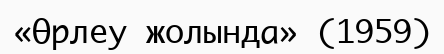
«Өрлеу жолында» (1959)